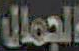
الجمال